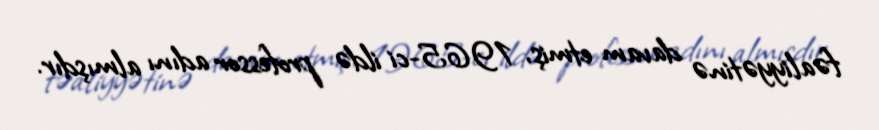
fəaliyyətinə davam etmiş, 1965-ci ildə professor adını almışdır.